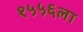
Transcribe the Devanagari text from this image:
१५५६ला